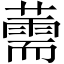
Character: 薷